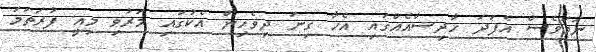
ނަމަވެސް އެފަދަ ހާދިސާއެއްގައި އެހާ ގިނަ ދިވެހިން އެކުގައި މަރުވި މިއީ ފުރަތަމަ